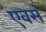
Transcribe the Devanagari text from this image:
एवसं